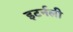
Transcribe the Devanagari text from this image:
इटर्नली